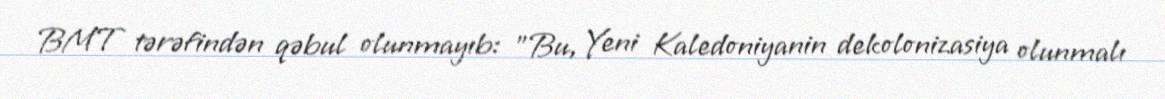
BMT tərəfindən qəbul olunmayıb: "Bu, Yeni Kaledoniyanin dekolonizasiya olunmalı